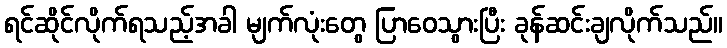
ရင်ဆိုင်လိုက်ရသည့်အခါ မျက်လုံးတွေ ပြာဝေသွားပြီး ခုန်ဆင်းချလိုက်သည်။